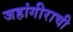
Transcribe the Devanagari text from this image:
जहांगीराची